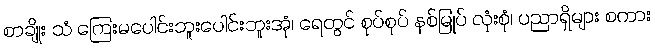
စာချိုး သံ ကြေးမပေါင်းဘူးပေါင်းဘူးအုံ၊ ရေတွင် စုပ်စုပ် နစ်မြုပ် လုံးစုံ၊ ပညာရှိများ စကား